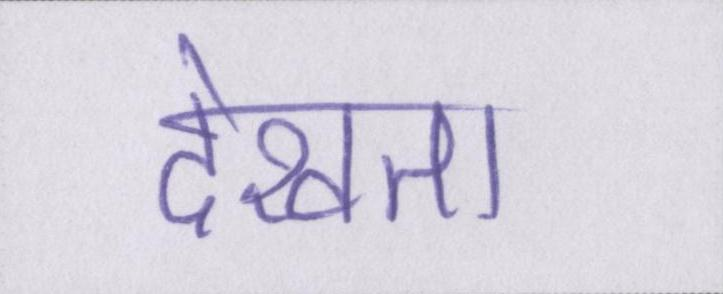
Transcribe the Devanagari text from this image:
देखता